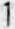
1